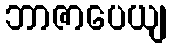
ဘာဇာပေယျ